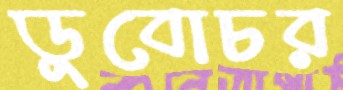
ডুবোচর